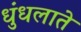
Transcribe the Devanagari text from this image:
धुंधलाते